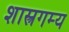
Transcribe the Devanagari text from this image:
शास्त्रगम्य